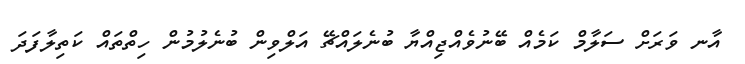
އާނ ވަރަށް ސަލާމް ކަމެއް ބޭނުވެއްޖިއްޔާ ބުނެލައްޗޭ އަލްވިން ބުނެލުމުން ހިތްތައް ކަތިލާފަދަ